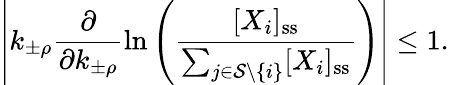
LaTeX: \left|k_{\pm\rho}\frac{\partial}{\partial k_{\pm\rho}}\ln\left(\frac{[X_{i}]_{\mathrm{ss}}}{\sum_{j\in\mathcal{S}\setminus\{ i\} }[X_{i}]_{\mathrm{ss}}}\right)\right|\leq 1.